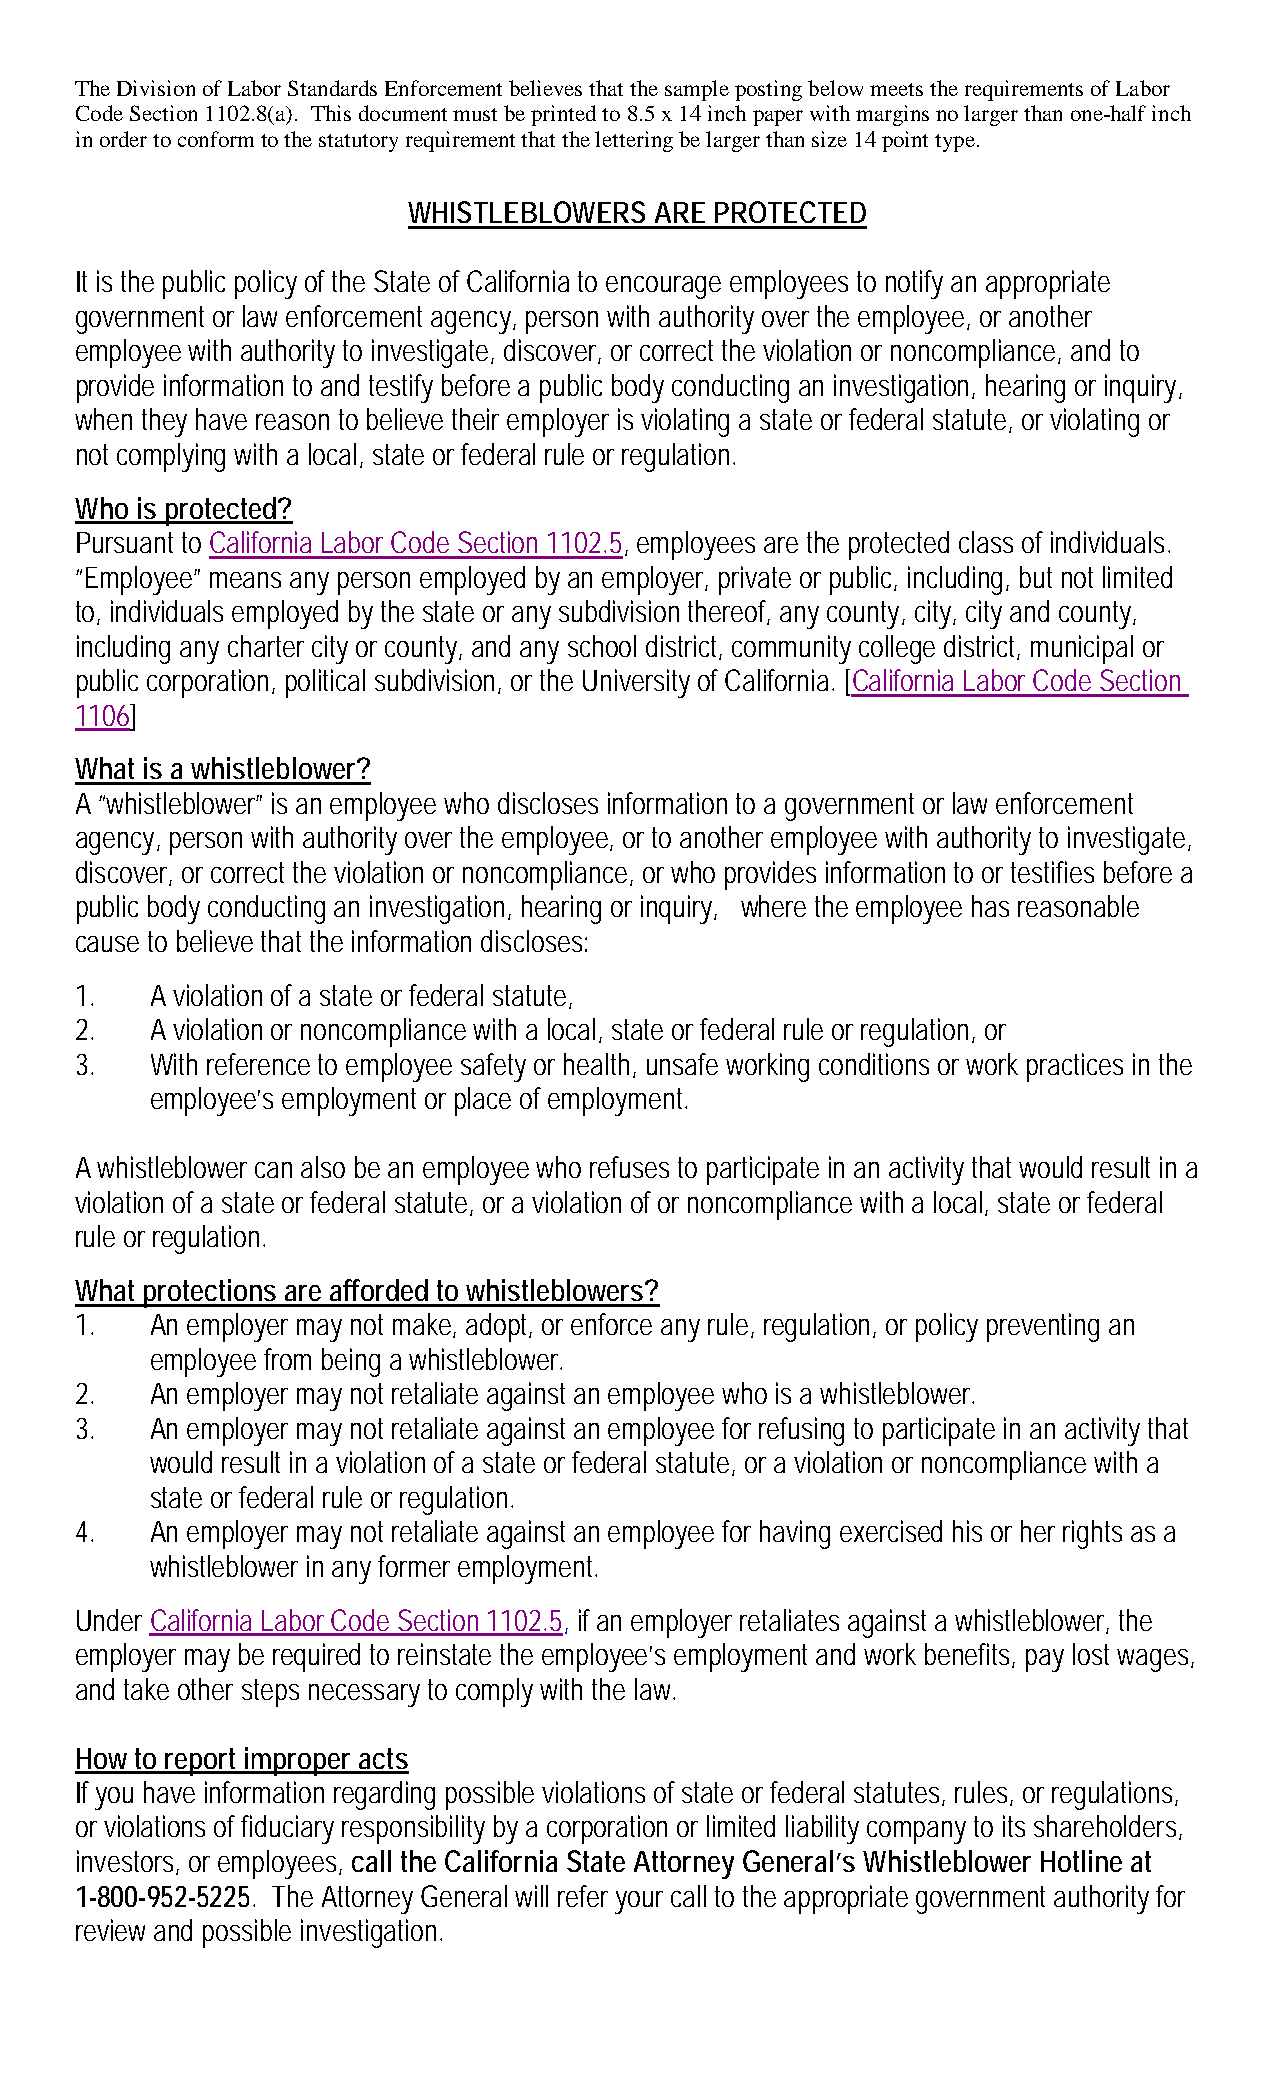
The Division of Labor Standards Enforcement believes that the sample posting below meets the requirements of Labor
 Code Section 1102.8(a). This document must be printed to 8.5 x 14 inch paper with margins no larger than one-half inch
 in order to conform to the statutory requirement that the lettering be larger than size 14 point type.
 WHISTLEBLOWERS  ARE PROTECTED
 It is the public policy of the State of California to encourage employees to notify an appropriate
 government or law enforcement agency, person with authority over the employee, or another
 employee with authority to investigate, discover, or correct the violation or noncompliance, and to
 provide information to and testify before a public body conducting an investigation, hearing or inquiry,
 when they have reason to believe their employer is violating a state or federal statute, or violating or
 not complying with a local, state or federal rule or regulation.
 Who is protected?
 Pursuant to California Labor Code Section 1102.5, employees are the protected class of individuals.
 “Employee” means any person employed by an employer, private or public, including, but not limited
 to, individuals employed by the state or any subdivision thereof, any county, city, city and county,
 including any charter city or county, and any school district, community college district, municipal or
 public corporation, political subdivision, or the University of California. [California Labor Code Section
 1106]
 What is a whistleblower?
 A “whistleblower” is an employee who discloses information to a government or law enforcement
 agency, person with authority over the employee, or to another employee with authority to investigate,
 discover, or correct the violation or noncompliance, or who provides information to or testifies before a
 public body conducting an investigation, hearing or inquiry, where the employee has reasonable
 cause to believe that the information discloses:
 1.   A violation of a state or federal statute,
 2.   A violation or noncompliance with a local, state or federal rule or regulation, or
 3.   With reference to employee safety or health, unsafe working conditions or work practices in the
 employee’s employment or place of employment.
 A whistleblower can also be an employee who refuses to participate in an activity that would result in a
 violation of a state or federal statute, or a violation of or noncompliance with a local, state or federal
 rule or regulation.
 What protections are afforded to whistleblowers?
 1.   An employer may not make, adopt, or enforce any rule, regulation, or policy preventing an
 employee from being a whistleblower.
 2.   An employer may not retaliate against an employee who is a whistleblower.
 3.   An employer may not retaliate against an employee for refusing to participate in an activity that
 would result in a violation of a state or federal statute, or a violation or noncompliance with a
 state or federal rule or regulation.
 4.   An employer may not retaliate against an employee for having exercised his or her rights as a
 whistleblower in any former employment.
 Under California Labor Code Section 1102.5, if an employer retaliates against a whistleblower, the
 employer may be required to reinstate the employee’s employment and work benefits, pay lost wages,
 and take other steps necessary to comply with the law.
 How to report improper acts
 If you have information regarding possible violations of state or federal statutes, rules, or regulations,
 or violations of fiduciary responsibility by a corporation or limited liability company to its shareholders,
 investors, or employees, call the California State Attorney General’s Whistleblower Hotline at
 1-800-952-5225. The Attorney General will refer your call to the appropriate government authority for
 review and possible investigation.